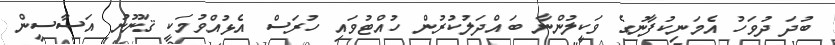
ބުދަ ދުވަހު އެމަނިކުފާނުގެ ވަކީލުންނާ ބައްދަލުކުރުން ހުއްޓުވައި ހުރަސް އެޅުއްވުމަކީ ޤަނޫނު އަސާސީން